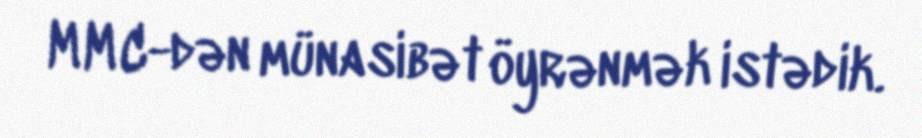
MMC-dən münasibət öyrənmək istədik.